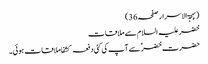
(بہجۃ الاسرار صفحہ36)
خضر علیہ السلام سے ملاقات
حضرت خضرؑ سے آپ کی کئی دفعہ کشفا ملاقات ہوئی۔